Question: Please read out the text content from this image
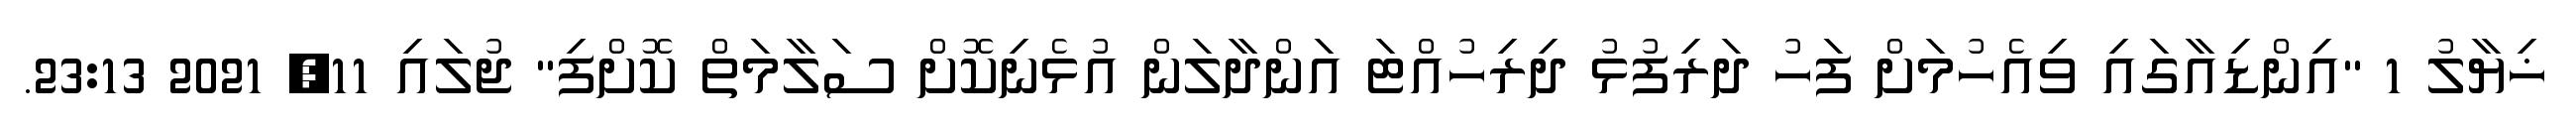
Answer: ޚިޔާލު 1 "އިންޑިއާގައި ވިއެހުމަށް ފަހު ދަރިފުޅު ދިރިހުއްޓަ އަންދާލަން އުޅެނިކޮށް ސަލާމަތް ކޮށްފި" ޖުލައި 11, 2021 23:13.